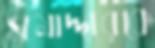
সমাদ্দারকে